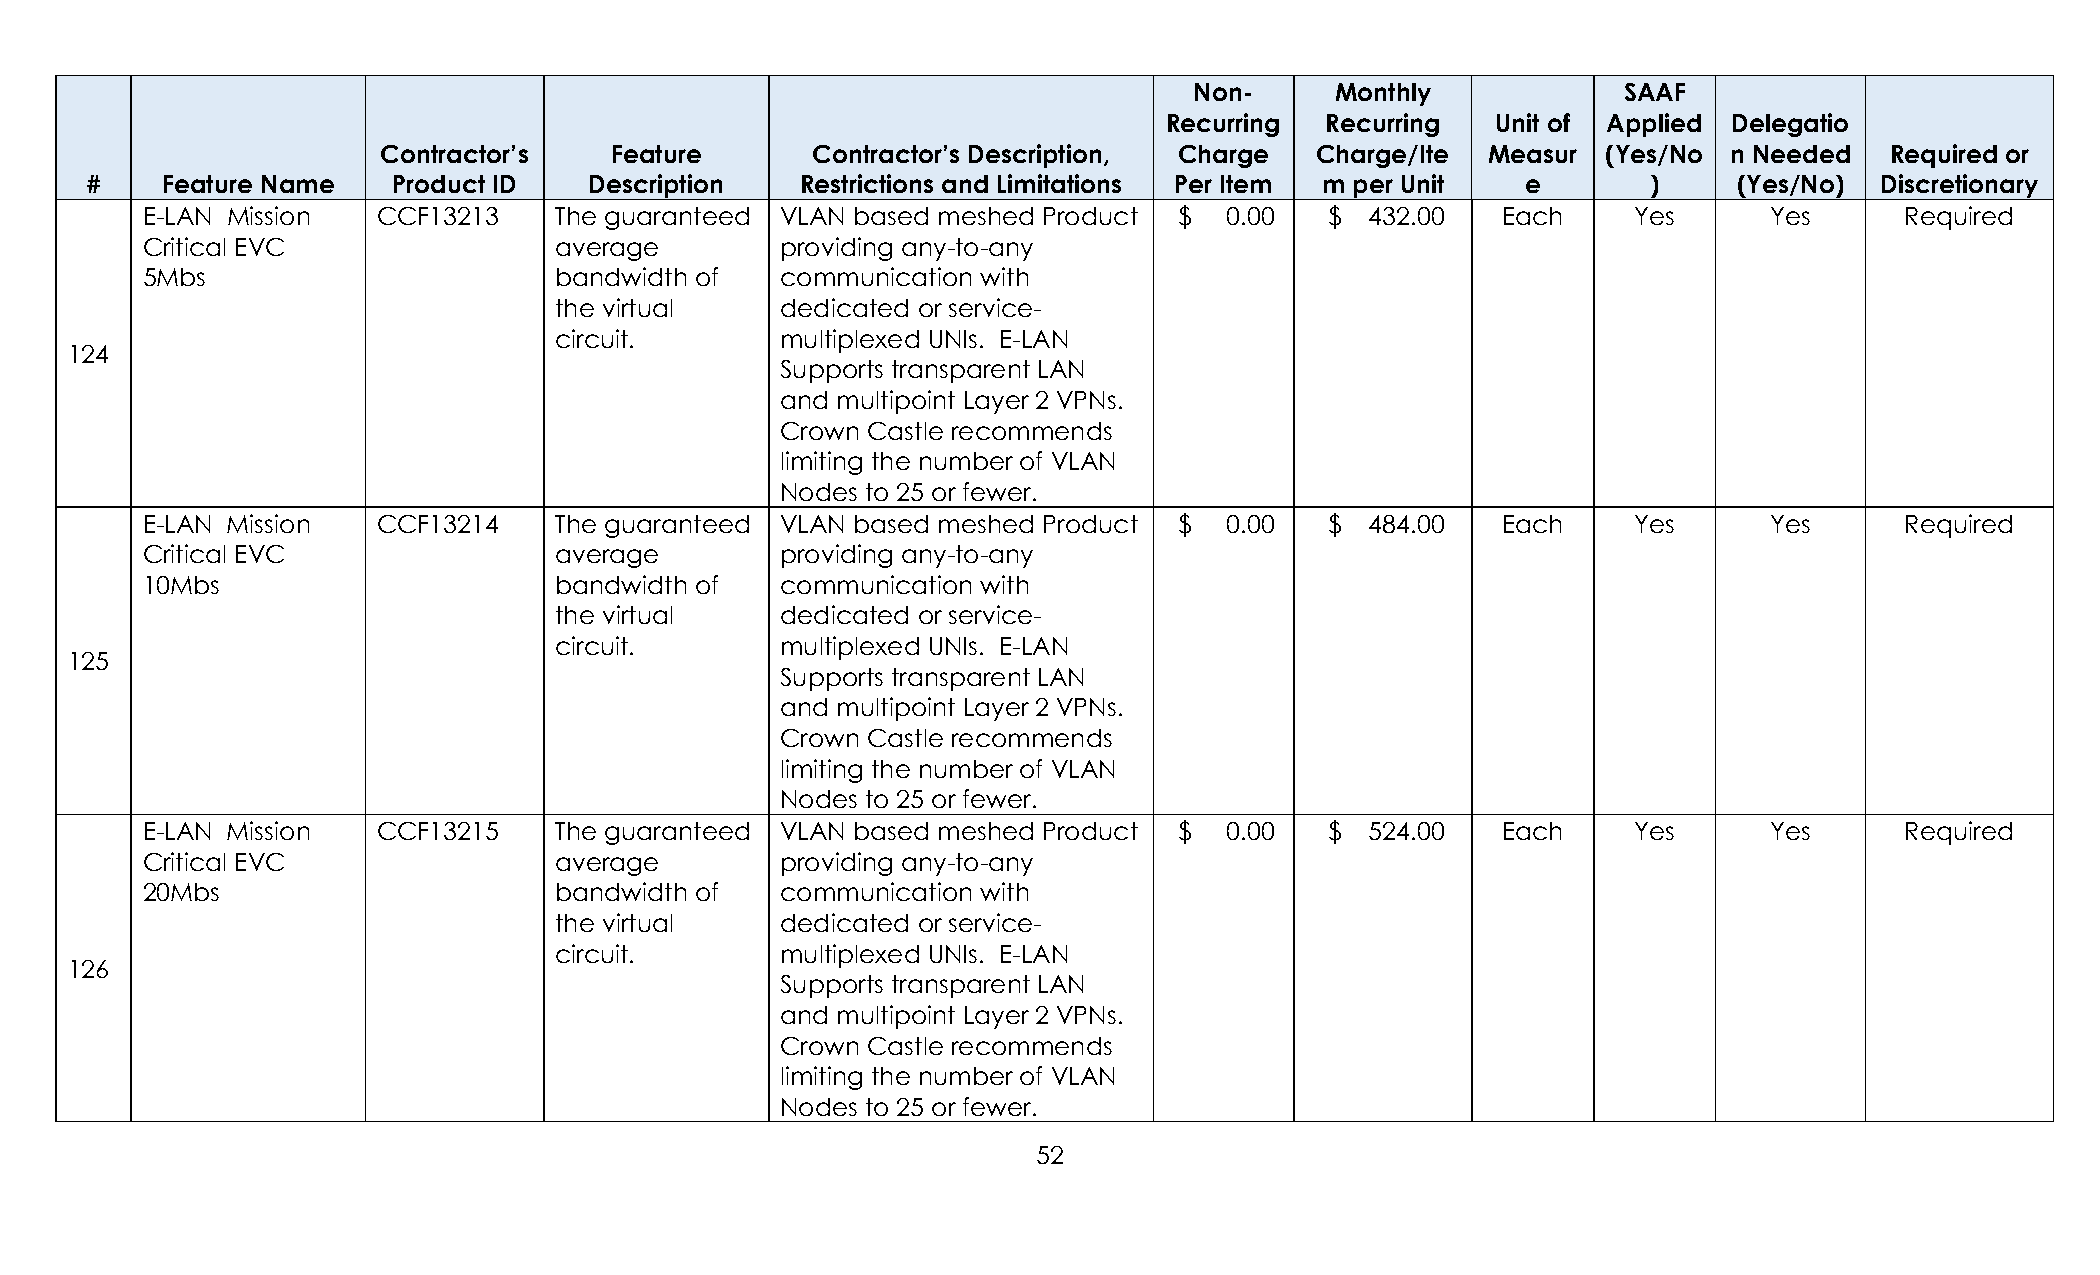
Non-     Monthly            SAAF
 Recurring  Recurring  Unit of Applied Delegatio
 Contractor’s   Feature       Contractor’s Description, Charge Charge/Ite  Measur (Yes/No  n Needed  Required or
 #    Feature Name   Product ID   Description   Restrictions and Limitations Per Item m per Unit e      )     (Yes/No) Discretionary
 E-LAN Mission   CCF13213    The guaranteed VLAN based meshed Product $  0.00   $  432.00  Each     Yes      Yes      Required
 Critical EVC                average        providing any-to-any
 5Mbs                        bandwidth of   communication with
 the virtual    dedicated or service-
 circuit.       multiplexed UNIs. E-LAN
 124
 Supports transparent LAN
 and multipoint Layer 2 VPNs.
 Crown Castle recommends
 limiting the number of VLAN
 Nodes to 25 or fewer.
 E-LAN Mission   CCF13214    The guaranteed VLAN based meshed Product $  0.00   $  484.00  Each     Yes      Yes      Required
 Critical EVC                average        providing any-to-any
 10Mbs                       bandwidth of   communication with
 the virtual    dedicated or service-
 circuit.       multiplexed UNIs. E-LAN
 125
 Supports transparent LAN
 and multipoint Layer 2 VPNs.
 Crown Castle recommends
 limiting the number of VLAN
 Nodes to 25 or fewer.
 E-LAN Mission   CCF13215    The guaranteed VLAN based meshed Product $  0.00   $  524.00  Each     Yes      Yes      Required
 Critical EVC                average        providing any-to-any
 20Mbs                       bandwidth of   communication with
 the virtual    dedicated or service-
 circuit.       multiplexed UNIs. E-LAN
 126
 Supports transparent LAN
 and multipoint Layer 2 VPNs.
 Crown Castle recommends
 limiting the number of VLAN
 Nodes to 25 or fewer.
 52